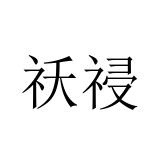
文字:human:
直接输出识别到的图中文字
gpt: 祅祲